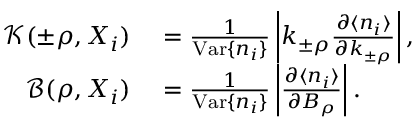
\begin{array} { r l } { { \mathcal K } ( \pm \rho , X _ { i } ) } & { { } = \frac { 1 } { \mathrm { V a r } \{ n _ { i } \} } \left| k _ { \pm \rho } \frac { \partial \langle n _ { i } \rangle } { \partial k _ { \pm \rho } } \right| , } \\ { { \mathcal B } ( \rho , X _ { i } ) } & { { } = \frac { 1 } { \mathrm { V a r } \{ n _ { i } \} } \left| \frac { \partial \langle n _ { i } \rangle } { \partial B _ { \rho } } \right| . } \end{array}